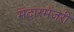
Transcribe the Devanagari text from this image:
मंदारमंजरी